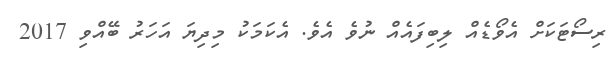
ރިސޯޓަކަށް އެވޯޑެއް ލިބިފައެއް ނުވެ އެވެ. އެކަމަކު މިދިޔަ އަހަރު ބޭއްވި 2017